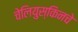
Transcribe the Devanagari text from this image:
चेलियुस्किनचे